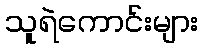
သူရဲကောင်းများ